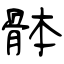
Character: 骵